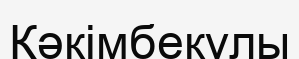
Кәкімбекұлы